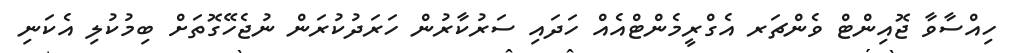
ހިއްސާވާ ޖޮއިންޓް ވެންޗަރ އެގްރީމެންޓްއެއް ހަދައި ސަރުކާރުން ހަރަދުކުރަން ނުޖެހޭގޮތަށް ބިމުކުލި އެކަނި